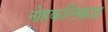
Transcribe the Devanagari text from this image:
नोहकलिकाइ